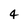
Character: 4